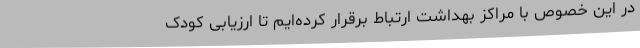
در این خصوص با مراکز بهداشت ارتباط برقرار کرده‌ایم تا ارزیابی کودک